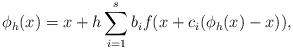
LaTeX: \begin{align*}\phi_h(x) = x + h\sum_{i=1}^s b_i f(x + c_i(\phi_h(x)-x)),\end{align*}